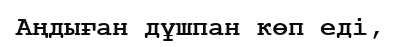
Аңдыған дұшпан көп еді,